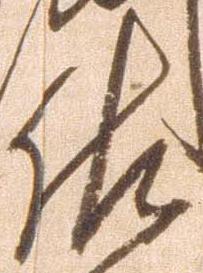
佐